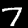
Digit: 7